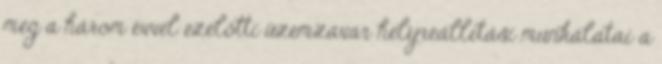
meg a három évvel ezelőtti üzemzavar helyreállítási munkálatai a